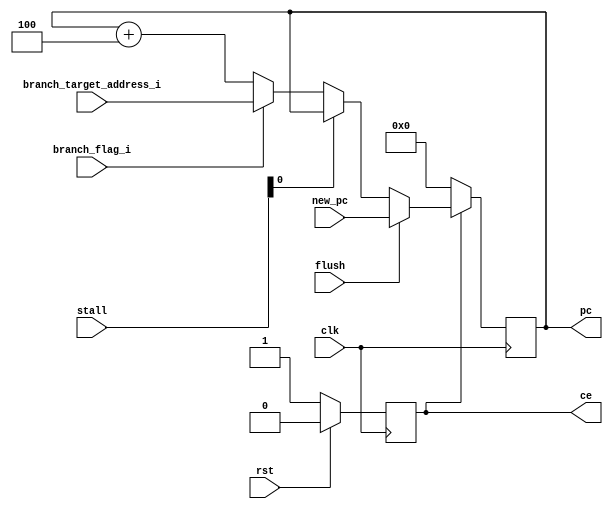
module pc_reg(
    input                       clk,
    input                       rst,
    input   [5:0]               stall,                
    output  reg [31:0]           pc,
    output   reg                 ce,  //指令片选信号

    //ID阶段译码跳转分支指令产生的相关信号
    input [31:0] branch_target_address_i, //跳转目标地址
    input       branch_flag_i, //跳转标志

	//MEM阶段产生的异常地址
	input flush,
	input [31:0] new_pc
);
    always @(posedge clk) begin
        if(rst) begin
            ce <= 0;
        end else begin
            ce <= 1;
        end
    end

    always @(posedge clk) begin
        if(!ce) pc <= 32'h00000000;
		else if(flush==1) begin //产生异常
			pc <= new_pc; //跳转到异常地址
		end
        else if(!stall[0]) begin
            if(branch_flag_i) //跳转到目标地址
                pc <= branch_target_address_i;
            else pc <= pc + 32'h4;
        end
            
    end

endmodule